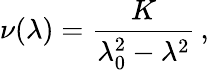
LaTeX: \nu(\lambda)=\frac{K}{\lambda_{0}^{2}-\lambda^{2}}\, ,